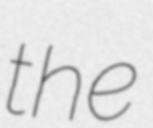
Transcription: the